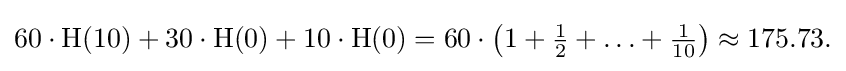
60\cdot \mathrm {H} (10)+30\cdot \mathrm {H} (0)+10\cdot \mathrm {H} (0)=60\cdot \left(1+{\tfrac {1}{2}}+\ldots +{\tfrac {1}{10}}\right)\approx 175.73{\text{.}}